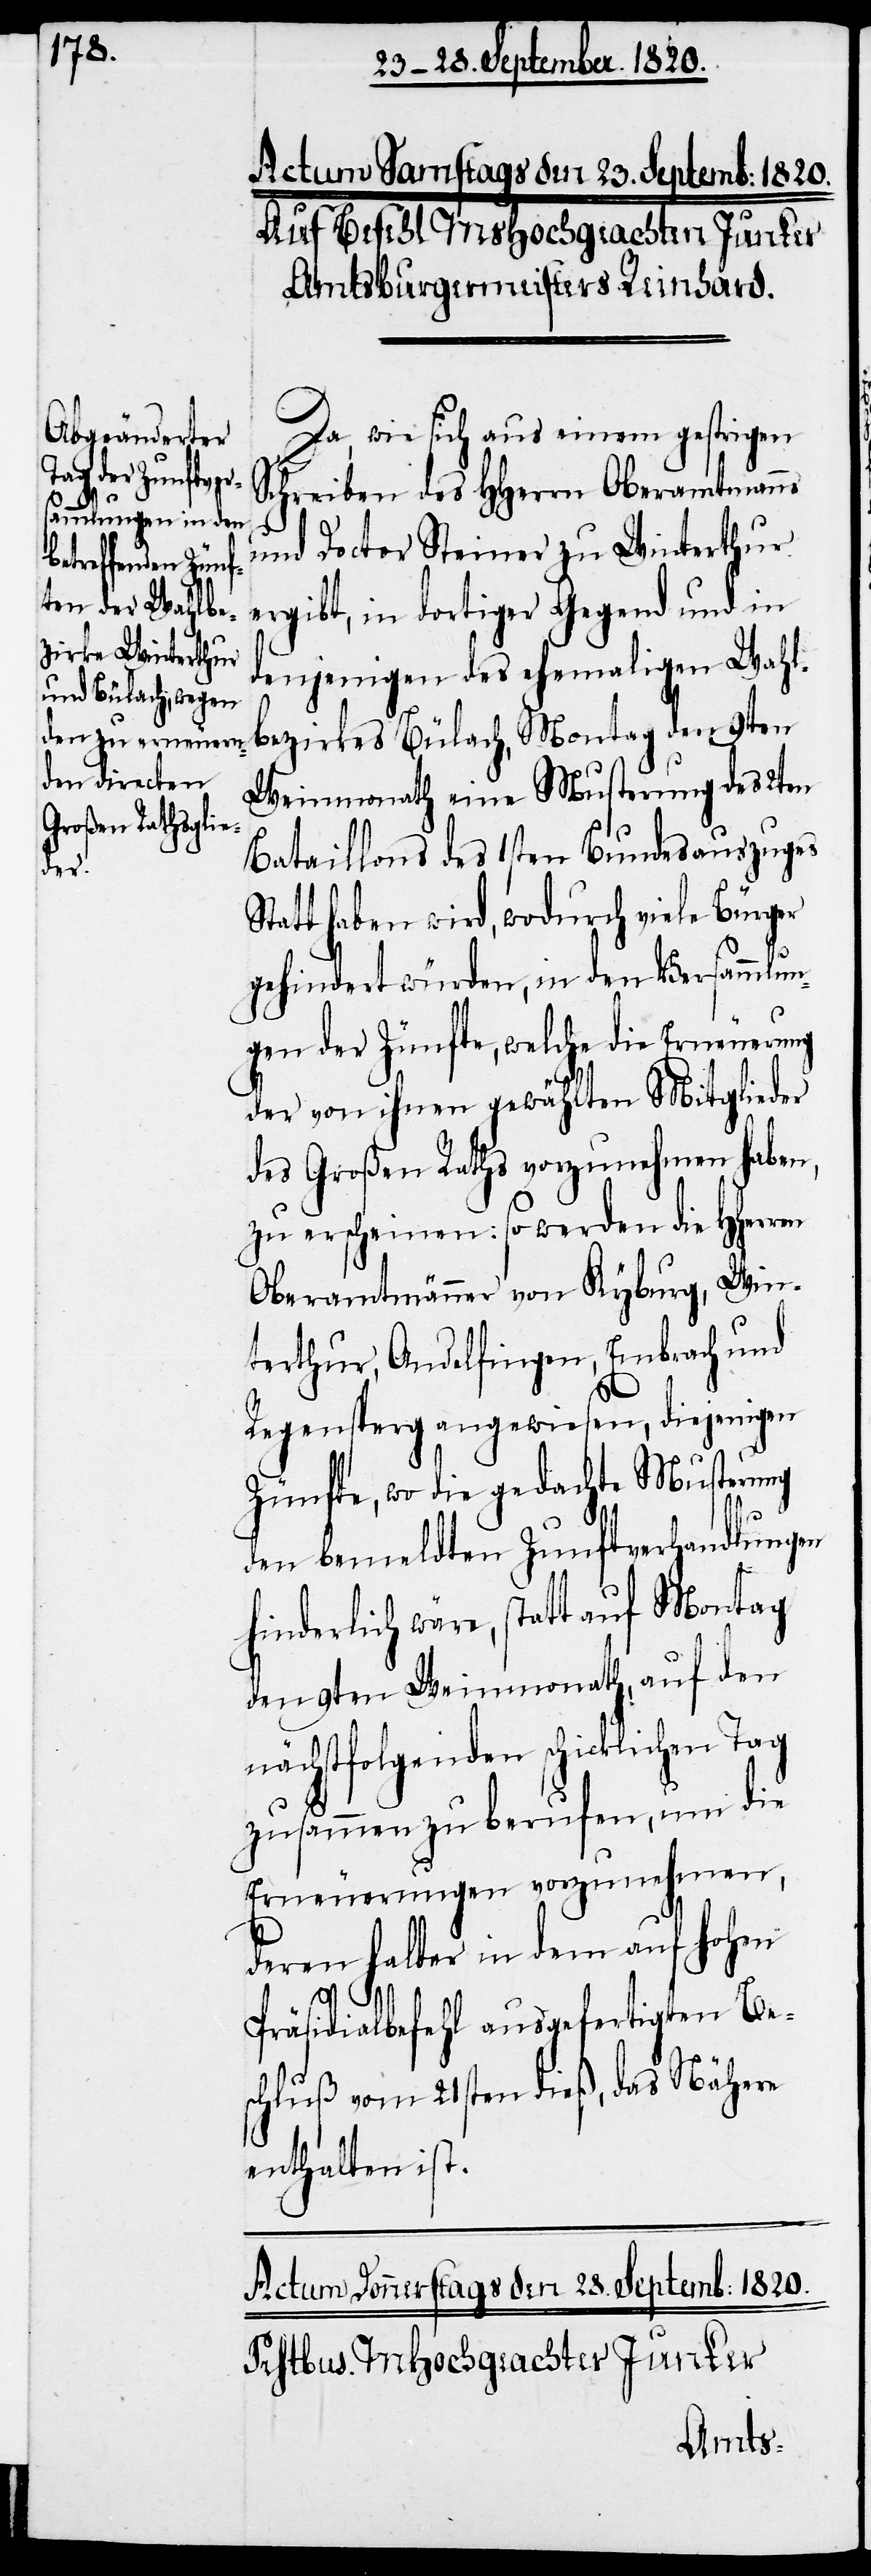
Auf Befehl MsHochgeachter Junker
Amtsburgermeisters Reinhard.
Da, wie sich aus einem gestrigen
Schreiben des Hherrn Oberamtmanns
und Doctor Steiner zu Winterthur
ergibt, in dortiger Gegend und in
denjenigen des ehemaligen Wahl¬
bezirkes Bülach, Montag den 9ten
Weinmonath eine Musterung des 2ten
Bataillons des 1sten Bundesauszuges
Statt haben wird, wodurch viele Bürger
gehindert würden, in den Versammlun¬
gen der Zünfte, welche die Erneuerung
der von ihnen gewählten Mitglieder
des Großen Raths vorzunehmen haben,
zu erscheinen: so werden die Herren
Oberamtmänner von Kyburg, Win¬
terthur, Andelfingen, Embrach und
Regensperg angewiesen, diejenigen
Zünfte, wo die gedachte Musterung
den bemeldten Zunftverhandlungen
hinderlich wäre, statt auf Montag
den 9ten Weinmonath, auf den
nächstfolgenden schicklichen Tag
zusammen zu berufen, um die
Erneuerungen vorzunehmen,
deren halber in dem auf hohen
Präsidialbefehl ausgefertigten Be¬
schluß von 21sten dieß, das Nähere
enthalten ist.
Actum Samstags den 23. Septemb: 1820.